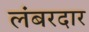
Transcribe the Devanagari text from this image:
लंबरदार